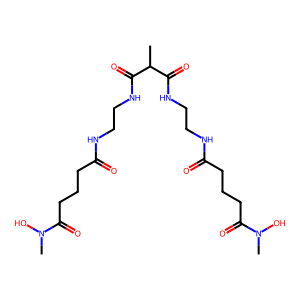
SMILES: CC(C(=O)NCCNC(=O)CCCC(=O)N(C)O)C(=O)NCCNC(=O)CCCC(=O)N(C)O
Inhibits HIV replication: No